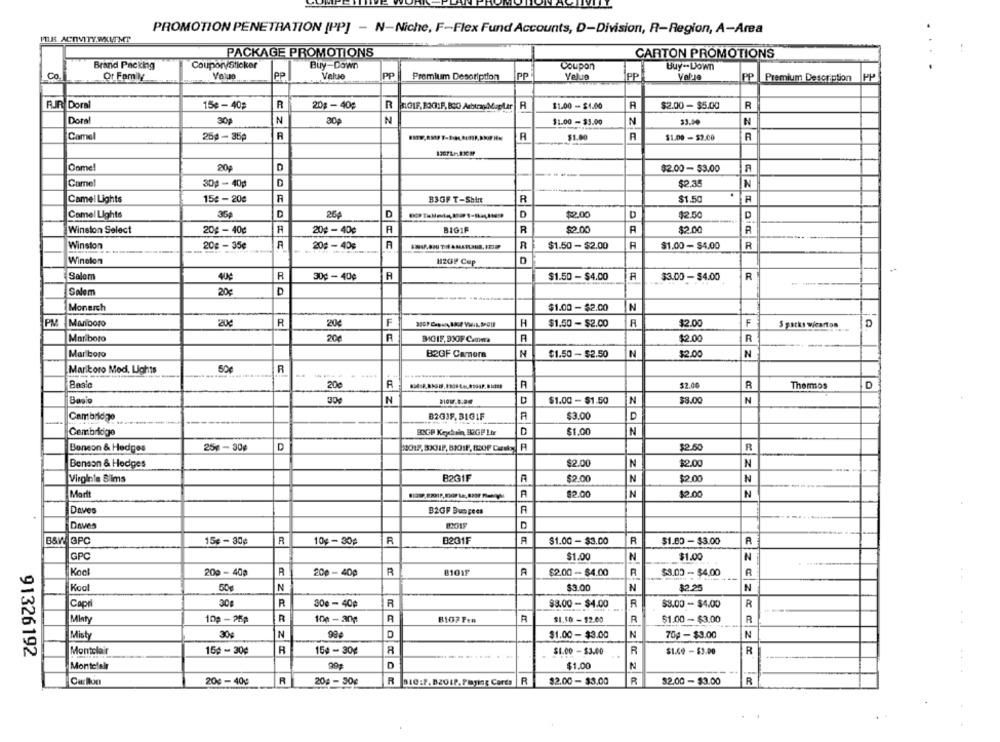
PROMOTION PENETRATION [PP] - N-Niche, F-Flex Fund Accounts, D-Division, R-Region, A-Area
MUS ACTIVITY.MITMT
PACKAGE PROMOTIONS
CARTON PROMOTIONS
Brand Packing
Coupory Sticker
Buy-Down
Coupon
Co
PP
Value
PP
Or Family
Premium Description
PP
PP
Valle
PP
Premium Description
PP
R
RJR. Doral
15e - 40₽
20g -40€
R
SIGIF, E3G:F, BIC ArbtrayMapLar
R
$1.00 - $1.00
R
$2.00 - $5.00
R
Dons
N
30
N
30
$1.00 - $3.00
N
N
Camel
25g - 35p
R
R
$1.00
$1.00 - $3.00
R
Come!
20g
$2.00- $3.00
Camel
30g - 40g
D
$2.35
N
Camel Lights
15€ -20¢
R
B3GF T-Shirt
H
$1.50
Camel Lights
35
D
D
D
$2.00
D
$2.50
D
Winston Select
20¢ - 40g
R
20g -40¢
BIGIF
R
$2.00
R
$2.00
R
Winston
20# - 40%
R
$1.50 -$2.00
R
20g - 35€
$1.00 - $4.00
Winelon
B2GP Cop
A
Salem
40€
R
30¢ - 40¢
$1.50 - $4.00
A
$3.00 - $4.00
R
--
Salem
20€
D
------
Monarch
$1.00 - $2.00
N
PM
Maiboro
R
20€
F
H
$1.50 - $2.00
A
$2.00
F
5 packs wicarton
Mariboto
20€
BIGIF, BIOF C.mma
$2.00
R
--
Marlboro
B2GF Camera
N
$1.50 - $2.50
N
$2.00
N
Maritoro Med. Lights
R
20
R
A
$2.40
R
Thermos
D
Bacio
30
N
$1.00 - $1.50
N
$3.00
N
Cambridge
B2G3F. BIGIF
A
$3.00
D
D
$1.00
N
Cambridge
BOGP Keychain BOGP Lir
D
$2.50
R
Benson & Hedges
25℃ - 30g
Benson & Hedges
$2.00
N
$2.00
N
Virginia Slims
B2GIF
$2.00
N
$2.00
N
Marit
$2.00
N
$2.00
N
Daves
B2GF Bungees
A
Daves
B&W GPC
15€ - 30¢
10g - 30₽
R
B231F
$1.00 - $3.00
R
$1.00 - $3.00
A
GPC
$1.00
N
$1.00
N
Kock
200 - 400
R
200 - 400
R
81011
A
$2.00 - $4.00
R
$3.00 - $4.00
A
Kool
N
$3.00
N
32.25
N
30
R
R
Capri
300 - 40¢
$8.00 - $4.00
R
$3.00 - $4.00
R
Minty
10p - 25p
R
100 - 30g
R
8107 Fen
$1.50 - $2.00
R
$1.00 - $3.00
R
Misty
30
N
99
D
$1.00 - $3.00
N
70g - $3.00
N
91326192
Montclair
15¢ - 30¢
R
154 - 30g
$1.00 - $3.00
R
$1.60 - $3.00
R
. .
Montelelr
99
$1.00
N
20€ -40g
R
20g - 30¢
R
BIC :F. BZOLP. Playing Cards
R
$2.00 - $3.00
$2.00 - $3.00
R